Report on horse surra - Volume I
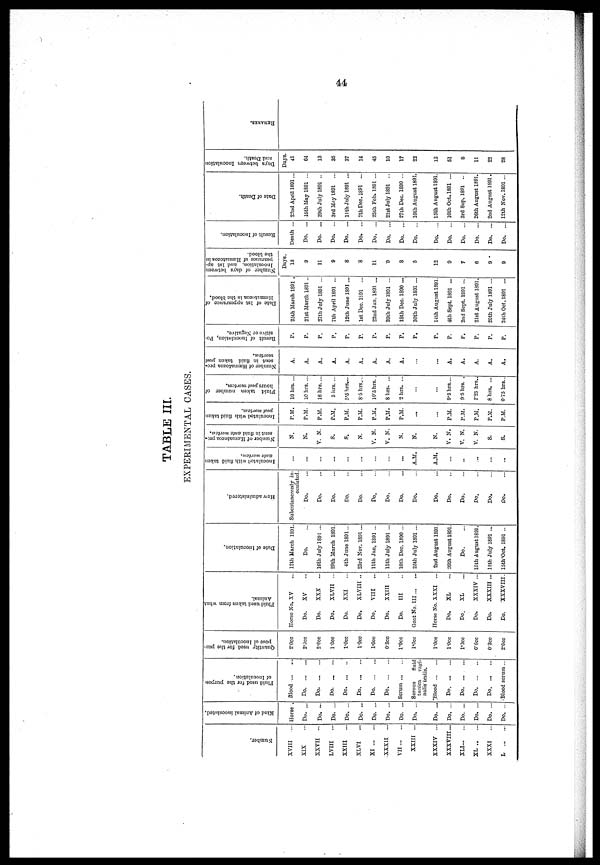
44
TABLE III.
EXPERIMENTAL CASES.
Number.
XVIII
...
XIX
XXVII ...
LVIII
...
XXIII
...
XLVI
...
XI ...
...
XXXII ...
VII
XXIII ...
XXXIV ...
XXXVIII...
XLI
XL
XXXI
...
L
Kind of Animal inoculated.
Horse ...
Do. ...
Do. ...
Do. ...
Do. ...
Do. ...
Do. ...
Do. ...
Do. ...
Do. ...
Do. ...
Do. ...
Do. ...
Do. ...
Do. ...
Do. ...
Fluid used for the purpose
of Inoculation.
Blood
Do
Do
Do. ...
Do
...
Do
Do.
Do
Serum
Serous
fluid
tunica vagi-
nalis testis.
Blood
Do
Do
Do
Do
Blood serum...
Quantity used for the pur-
pose of Inoculation.
2.0cc
2.0cc
2.0cc
1.0cc
1.0cc
1.0cc
1.0cc
0.3cc
1.0cc
1.0cc
1.0cc
1.0cc
1.0cc
0.6cc
0.3cc
2.0cc
Fluid used taken from what
Animal.
Horse No. XV ...
Do.
XV ...
Do.
XXX
...
Do.
XLVII ...
Do.
XXI ...
Do.
XLVIII ..
Do.
VIII
...
Do.
XXIII ...
Do. III ...
Goat No.
III
Horse No. XXXI ...
Do.
XL ...
Do.
XL ...
Do.
XXXIV ...
Do.
XXXIII ...
Do.
XXXVIII.
Date of Inoculation.
12th March 1801.
Do.
16th July 1891 ...
29th March 1891.
4th June 1891...
23rd Nov. 1891...
11th Jan. 1891 ...
11th July 1891 ...
10th Deo. 1890 ...
25th July 1891 ...
2nd August 1891.
26th August 1891.
Do.
loth August 1891.
11th July 1891 ...
15th Oct. 1891 ...
How administered.
Subcutaneously in-
oculated.
Do. ...
Do. ...
Do. ...
Do. ...
Do. ...
Do. ...
Do. ...
Do. ...
Do. ...
Do. ...
Do. ...
Do. ...
Do. ...
Do. ...
Do. ...
Inoculated with fluid taken
ante mortem.
...
...
...
...
...
...
...
A.M.
A.M.
...
...
...
...
...
Number of Hæmatozoa pre-
sent in fluid ante mortem.
N.
N.
V. N.
S.
S.
N.
V. N.
V. N.
N.
N.
N.
V. N.
V. N.
V. N.
S.
S.
Inoculated with fluid taken
post mortem.
P.M.
P.M.
P.M.
P.M.
P.M.
P.M.
P.M.
P.M.
P.M.
...
...
P.M.
P.M.
P.M.
P.M.
P.M.
Fluid taken number of
hours post mortem.
10 hrs. ...
10 hrs. ...
16 hrs. ...
5 hrs. ...
5.5 hrs. ...
8.5 hrs. ...
10.5 hrs. .
8 hrs. ...
2 hrs. ...
...
...
9.5 hrs....
9.5 hrs. ...
1.25 hrs..
8 hrs. ...
0.75 hrs. ...
Number of Hæmatozoa pre-
sent in fluid taken post
mortem.
A.
A.
A.
A.
A.
A.
A.
A.
A.
...
...
A.
A.
A.
A.
A.
Result of Inoculation, Po-
sitive or Negative.
P.
P.
P.
P.
P.
P.
P.
P.
P.
P.
P.
P.
P.
P.
P.
P.
Date of 1st appearance of
Hæmatozoa
in the blood.
25th March 1891 .
21st March 1891..
27th July 1891 ...
7th April 1891 ...
12th June 1891...
1st Dec. 1891 ...
22nd Jan. 1891 ...
20th July 1891 ...
18th Dec. 1890 ...
30th July 1891 ...
14th August 1891.
4th Sept. 1891 ...
2nd Sept. 1891 ...
21st August 1891.
20th July 1891 ...
24th Oct. 1891 ...
Number of days between
Inoculation.
and 1st ap-
pearance of Hæmatozoa
in
the blood.
Days.
13
9
11
9
8
8
11
9
8
5
12
9
7
6
9
9
Result of Inoculation.
Death ...
Do. ...
Do. ...
Do. ...
Do. ...
Do. ...
Do. ...
Do. ...
Do. ...
Do. ...
Do. ...
Do. ...
Do. ...
Do. ...
Do. ...
Do. ...
Date of Death.
22nd April 1891...
15th May 1891 ...
29th July 1891 ..
3rd May 1891 ...
11th July 1891 ...
7th Dec. 1891 ...
25th Feb. 1891 ...
21st July 1891 ..
27th Dec. 1890 ...
16th August 1891.
15th August 1891.
16th Oct. 1891 ...
3rd Sep. 1891 ...
26th August 1891.
2nd August 1891.
12th Nov. 1891...
Days between Inoculation
and Death.
Days.
41
64
13
35
37
14
45
10
17
22
13
51
8
11
22
28
REMARKS.